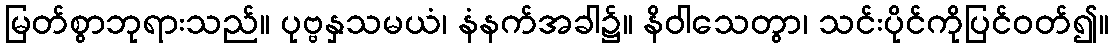
မြတ်စွာဘုရားသည်။ ပုဗ္ဗနှသမယံ၊ နံနက်အခါ၌။ နိဝါသေတွာ၊ သင်းပိုင်ကိုပြင်ဝတ်၍။